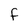
Character: F